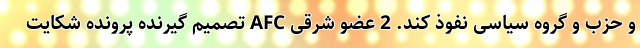
و حزب و گروه سیاسی نفوذ کند. 2 عضو شرقی AFC تصمیم گیرنده پرونده شکایت